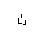
Letter: _tha